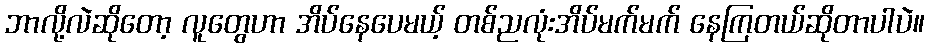
ဘာလို့လဲဆိုတော့ လူတွေဟာ အိပ်နေပေမယ့် တစ်ညလုံးအိပ်မက်မက် နေကြတယ်ဆိုတာပါပဲ။